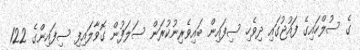
ގެ ސުލްހައިގެ ފައުޖުގައި ދިވެހި ސިފައިން ބައިވެރިނުކުރަން ސަލަފުން ގޮވާލައިފި ސިފައިންގެ 122